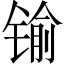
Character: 𨱎